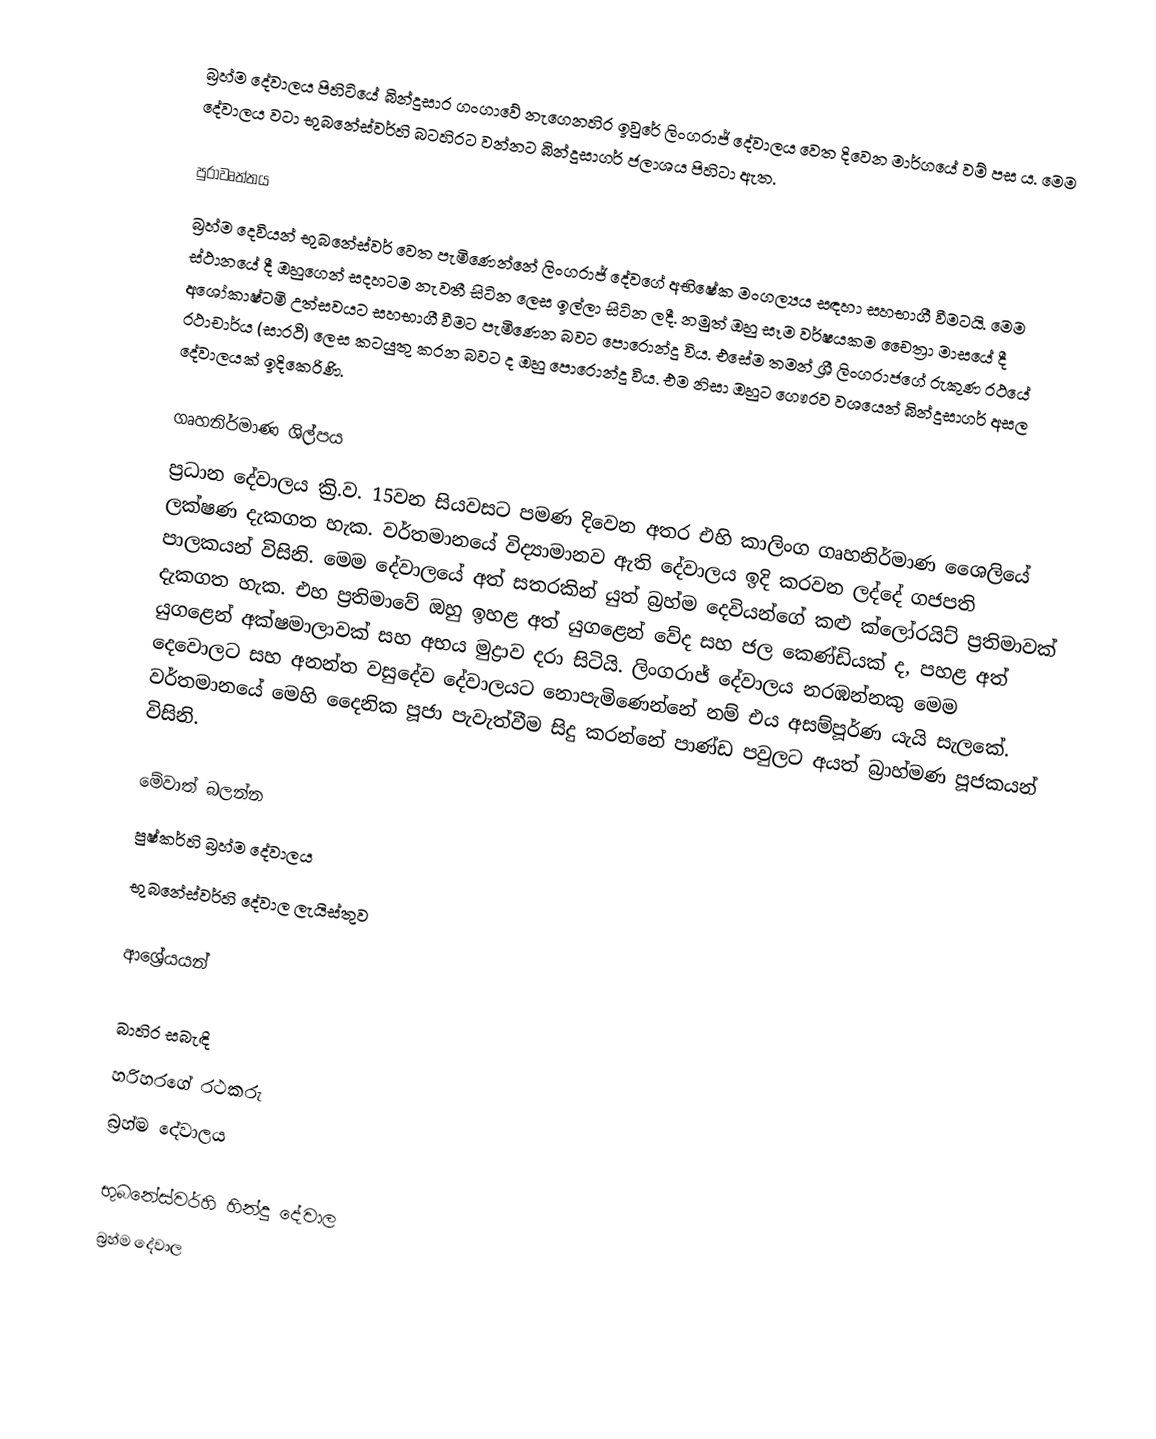
බ්‍රහ්ම දේවාලය පිහිටියේ බින්දුසාර ගංගාවේ නැගෙනහිර ඉවුරේ ලිංගරාජ් දේවාලය වෙත දිවෙන මාර්ගයේ වම් පස ය. මෙම දේවාලය වටා භුබනේස්වර්හි බටහිරට වන්නට බින්දුසාගර් ජලාශය පිහිටා ඇත.

පුරාවෘත්තය
බ්‍රහ්ම දෙවියන් භුබනේස්වර් වෙත පැමිණෙන්නේ ලිංගරාජ් දේවගේ අභිෂේක මංගල්‍යය සඳහා සහභාගී වීමටයි. මෙම ස්ථානයේ දී ඔහුගෙන් සදහටම නැවතී සිටින ලෙස ඉල්ලා සිටින ලදී. නමුත් ඔහු සෑම වර්ෂයකම චෛත්‍රා මාසයේ දී අශෝකාෂ්ටමි උත්සවයට සහභාගී වීමට පැමිණෙන බවට පොරොන්දු විය. එසේම තමන් ශ්‍රී ලිංගරාජගේ රුකුණ රථයේ රථාචාර්ය (සාරථි) ලෙස කටයුතු කරන බවට ද ඔහු පොරොන්දු විය. එම නිසා ඔහුට ගෞරව වශයෙන් බින්දුසාගර් අසල දේවාලයක් ඉදිකෙරිණි.

ගෘහනිර්මාණ ශිල්පය
ප්‍රධාන දේවාලය ක්‍රි.ව. 15වන සියවසට පමණ දිවෙන අතර එහි කාලිංග ගෘහනිර්මාණ ශෛලියේ ලක්ෂණ දැකගත හැක. වර්තමානයේ විද්‍යාමානව ඇති දේවාලය ඉදි කරවන ලද්දේ ගජපති පාලකයන් විසිනි. මෙම දේවාලයේ අත් සතරකින් යුත් බ්‍රහ්ම දෙවියන්ගේ කළු ක්ලෝරයිට් ප්‍රතිමාවක් දැකගත හැක. එහ ප්‍රතිමාවේ ඔහු ඉහළ අත් යුගළෙන් වේද සහ ජල කෙණ්ඩියක් ද, පහළ අත් යුගළෙන් අක්ෂමාලාවක් සහ අභය මුද්‍රාව දරා සිටියි.  ලිංගරාජ් දේවාලය නරඹන්නකු මෙම දෙවොලට සහ අනන්ත වසුදේව දේවාලයට නොපැමිණෙන්නේ නම් එය අසම්පූර්ණ යැයි සැලකේ. වර්තමානයේ මෙහි දෛනික පූජා පැවැත්වීම සිදු කරන්නේ පාණ්ඩ පවුලට අයත් බ්‍රාහ්මණ පූජකයන් විසිනි.

මේවාත් බලන්න
පුෂ්කර්හි බ්‍රහ්ම දේවාලය
භුබනේස්වර්හි දේවාල ලැයිස්තුව

ආශ්‍රේයයන්

බාහිර සබැඳි
හරිහරගේ රථකරු
බ්‍රහ්ම දේවාලය

භුබනේස්වර්හි හින්දු දේවාල
බ්‍රහ්ම දේවාල